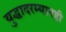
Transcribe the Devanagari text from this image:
युद्धादरम्यानही